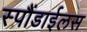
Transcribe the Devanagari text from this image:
स्पौंडाईलस